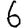
Digit: 6